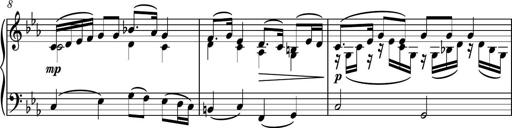
Title: Piano Sonatina No.8
Composer: Dimitri Sykias
Key: F major